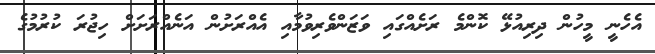
އެހެނީ މީހުން ދިރިއުޅޭ ކޮންމެ ރަށެއްގައި ވަޒަންވެރިވުމާއި އެއްރަށުން އަނެއްރަށަށް ހިޖުރަ ކުރުމުގެ